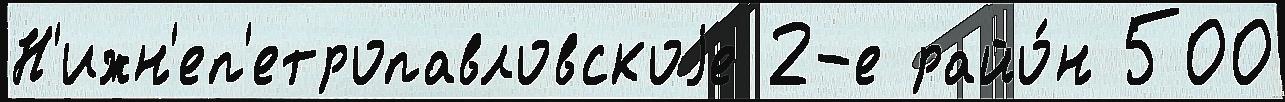
Н'ижн'еп'етропавловскоjе 2-е райо́н 500